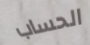
الحساب